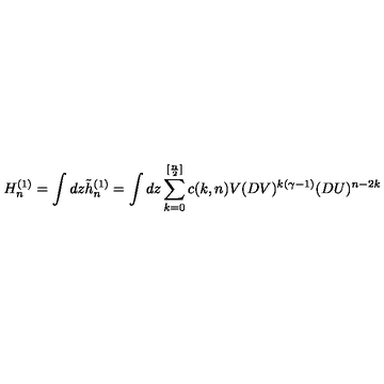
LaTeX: H _ { n } ^ { ( 1 ) } = \int d z \tilde { h } _ { n } ^ { ( 1 ) } = \int d z \sum _ { k = 0 } ^ { [ { \frac { n } { 2 } } ] } c ( k , n ) V ( D V ) ^ { k ( \gamma - 1 ) } ( D U ) ^ { n - 2 k }